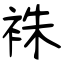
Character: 袾